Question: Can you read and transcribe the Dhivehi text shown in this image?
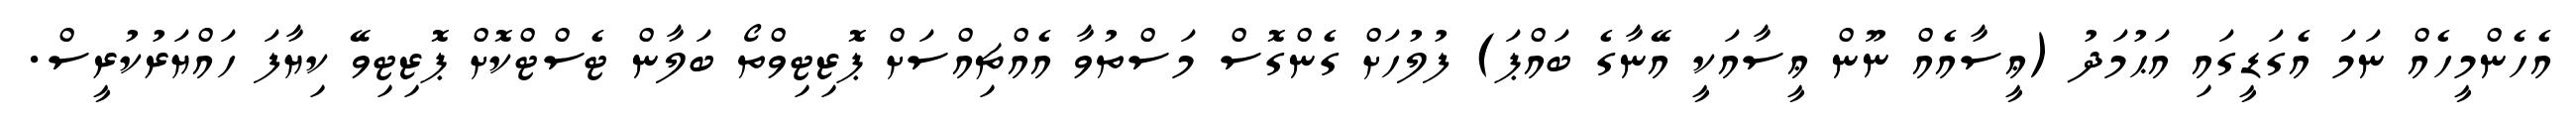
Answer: އެހެންމީހެއް ނަމަ އެގަޑީގައި އަޙުމަދު (ޢީސާއެއް ނޫން ޢީސާއަކީ އޭނާގެ ބައްޕަ) ފުލުހަށް ގެންގޮސް މަސްތުވާ އެއްޗިއްސަށް ޕޮޒިޓިވްތޯ ބަލާން ޓެސްޓްކޮށް ޕޮޒިޓިވޭ ކިޔާފަ ހައްޔަރުކުރީސް.